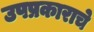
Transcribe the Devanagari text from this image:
उपप्रकाराचे